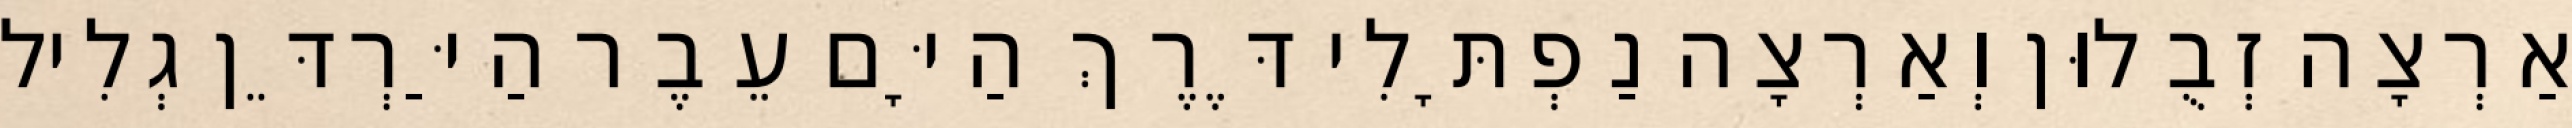
אַרְצָה זְבֻלוּן וְאַרְצָה נַפְתָּלִי דֶּרֶךְ הַיָּם עֵבֶר הַיַּרְדֵּן גְלִיל